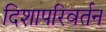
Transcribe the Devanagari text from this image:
दिशापरिवर्तन